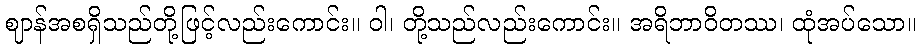
ဈာန်အစရှိသည်တို့ဖြင့်လည်းကောင်း။ ဝါ၊ တို့သည်လည်းကောင်း။ အရိဘာဝိတဿ၊ ထုံအပ်သော။